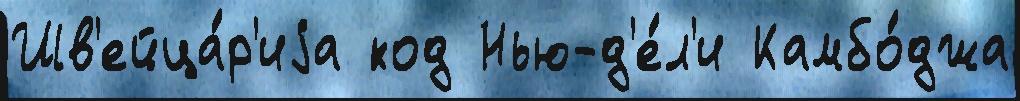
Шв'ейца́р'иjа код Нью-д'е́л'и Камбо́джа